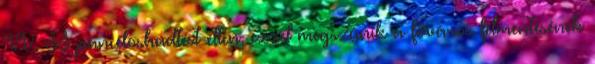
IV. SS páncéloshadtest ellen, ezzel megszûnik a fõváros felmentésének